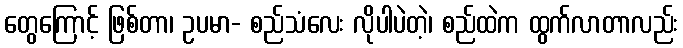
တွေကြောင့် ဖြစ်တာ၊ ဥပမာ- စည်သံလေး လိုပါပဲတဲ့၊ စည်ထဲက ထွက်လာတာလည်း